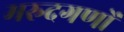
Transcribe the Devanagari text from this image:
मरुदगणों